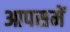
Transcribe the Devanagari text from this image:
आपसमें